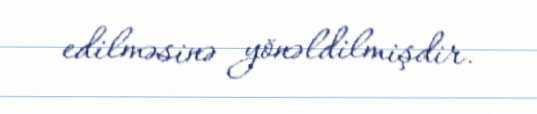
edilməsinə yönəldilmişdir.